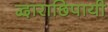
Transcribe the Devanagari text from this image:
द्वाराछिपायी